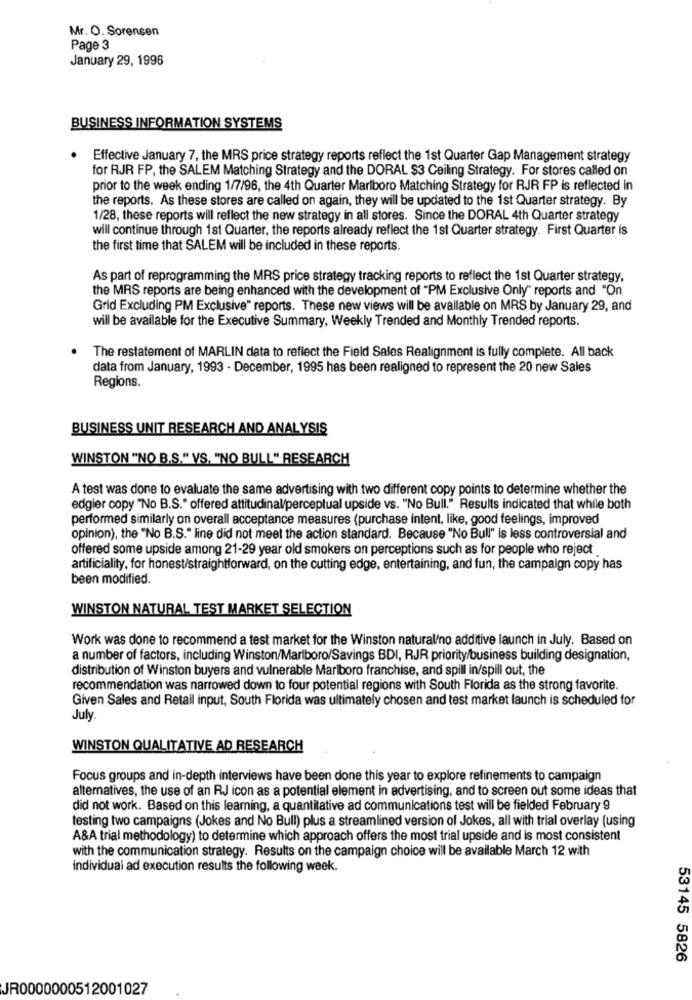
Mr. O. Sorensen
Page 3
January 29, 1996
BUSINESS INFORMATION SYSTEMS
Effective January 7, the MRS price strategy reports reflect the 1st Quarter Gap Management strategy
for RJR FP, the SALEM Matching Strategy and the DORAL $3 Ceiling Strategy. For stores called on
prior to the week ending 1/7/96, the 4th Quarter Marlboro Matching Strategy for RJR FP is reflected in
the reports. As these stores are called on again, they will be updated to the 1st Quarter strategy. By
1/28, these reports will reflect the new strategy in all stores. Since the DORAL 4th Quarter strategy
will continue through 1st Quarter, the reports already reflect the 1st Quarter strategy. First Quarter is
the first time that SALEM will be included in these reports.
As part of reprogramming the MRS price strategy tracking reports to reflect the 1st Quarter strategy,
the MRS reports are being enhanced with the development of "PM Exclusive Only" reports and "On
Grid Excluding PM Exclusive" reports. These new views will be available on MRS by January 29, and
will be available for the Executive Summary, Weekly Trended and Monthly Trended reports.
The restatement of MARLIN data to reflect the Field Sales Realignment is fully complete. All back
data from January, 1993 - December, 1995 has been realigned to represent the 20 new Sales
Regions.
BUSINESS UNIT RESEARCH AND ANALYSIS
WINSTON "NO B.S." VS. "NO BULL" RESEARCH
A test was done to evaluate the same advertising with two different copy points to determine whether the
edgier copy "No B.S." offered attitudinal/perceptual upside vs. "No Bull." Results indicated that while both
performed similarly on overall acceptance measures (purchase intent, like, good feelings, improved
opinion), the "No B.S." line did not meet the action standard. Because "No Bull" is less controversial and
offered some upside among 21-29 year old smokers on perceptions such as for people who reject
artificiality, for honest/straightforward, on the cutting edge, entertaining, and fun, the campaign copy has
been modified.
WINSTON NATURAL TEST MARKET SELECTION
Work was done to recommend a test market for the Winston natural/no additive launch in July. Based on
a number of factors, including Winston/Marlboro/Savings BDI, RJR priority/business building designation,
distribution of Winston buyers and vulnerable Marlboro franchise, and spill in/spill out, the
recommendation was narrowed down to four potential regions with South Florida as the strong favorite.
Given Sales and Retail input, South Florida was ultimately chosen and test market launch is scheduled for
July.
WINSTON QUALITATIVE AD RESEARCH
Focus groups and in-depth interviews have been done this year to explore refinements to campaign
alternatives, the use of an RJ icon as a potential element in advertising, and to screen out some ideas that
did not work. Based on this learning, a quantitative ad communications test will be fielded February 9
testing two campaigns (Jokes and No Bull) plus a streamlined version of Jokes, all with trial overlay (using
A&A trial methodology) to determine which approach offers the most trial upside and is most consistent
with the communication strategy. Results on the campaign choice will be available March 12 with
individual ad execution results the following week.
53145 5826
JR0000000512001027